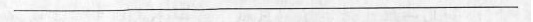
___